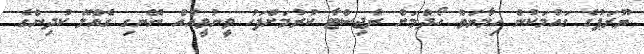
ޔޫރަޕުގެ ގައުމަކުން ހިމާޔަތް ހޯދުމަށް ރެޖިސްޓާ ކުރުމަށްފަހު ވީނުވީއެއް ނޭނގި ގެއްލޭ ކުދިންގެ